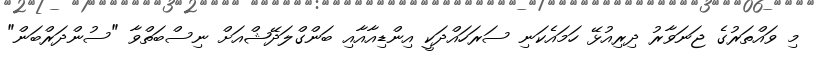
މި ވައްތަރުގެ ޖަނަވާރު ދިރިއުޅޭ ހަމައެކަނި ސަރަހައްދަކީ އިންޑިއާއާއި ބަންގްލަދޭޝްއަށް ނިސްބަތްވާ "ސުންދަރްބަން"